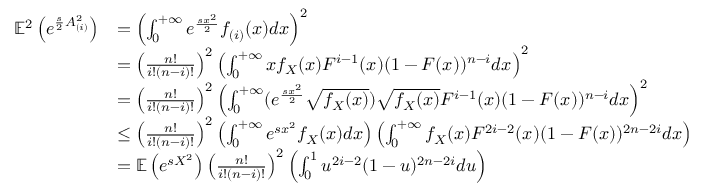
\begin{array} { r l } { \mathbb { E } ^ { 2 } \left( e ^ { \frac { s } { 2 } A _ { ( i ) } ^ { 2 } } \right) } & { = \left( \int _ { 0 } ^ { + \infty } e ^ { \frac { s x ^ { 2 } } { 2 } } f _ { ( i ) } ( x ) d x \right) ^ { 2 } } \\ & { = \left( \frac { n ! } { i ! ( n - i ) ! } \right) ^ { 2 } \left( \int _ { 0 } ^ { + \infty } x f _ { X } ( x ) F ^ { i - 1 } ( x ) ( 1 - F ( x ) ) ^ { n - i } d x \right) ^ { 2 } } \\ & { = \left( \frac { n ! } { i ! ( n - i ) ! } \right) ^ { 2 } \left( \int _ { 0 } ^ { + \infty } ( e ^ { \frac { s x ^ { 2 } } { 2 } } \sqrt { f _ { X } ( x ) } ) \sqrt { f _ { X } ( x ) } F ^ { i - 1 } ( x ) ( 1 - F ( x ) ) ^ { n - i } d x \right) ^ { 2 } } \\ & { \le \left( \frac { n ! } { i ! ( n - i ) ! } \right) ^ { 2 } \left( \int _ { 0 } ^ { + \infty } e ^ { s x ^ { 2 } } f _ { X } ( x ) d x \right) \left( \int _ { 0 } ^ { + \infty } f _ { X } ( x ) F ^ { 2 i - 2 } ( x ) ( 1 - F ( x ) ) ^ { 2 n - 2 i } d x \right) } \\ & { = \mathbb { E } \left( e ^ { s X ^ { 2 } } \right) \left( \frac { n ! } { i ! ( n - i ) ! } \right) ^ { 2 } \left( \int _ { 0 } ^ { 1 } u ^ { 2 i - 2 } ( 1 - u ) ^ { 2 n - 2 i } d u \right) } \end{array}